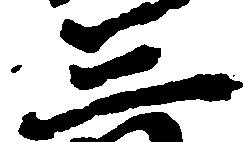
三